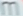
m